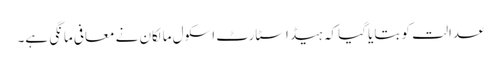
عدالت کو بتایا گیا کہ ہیڈ اسٹارٹ اسکول مالکان نے معافی مانگی ہے۔